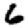
Digit: 6